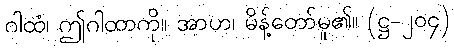
ဂါထံ၊ ဤဂါထာကို။ အာဟ၊ မိန့်တော်မူ၏။ (ဋ္ဌ-၂၀၄)